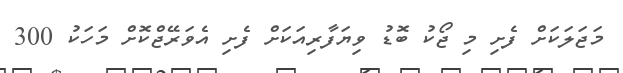
މަޖަލަކަށް ފެށި މި ޖޯކު ބޮޑު ވިޔަފާރިއަކަށް ފެށި އެވަރޭޖްކޮށް މަހަކު 300